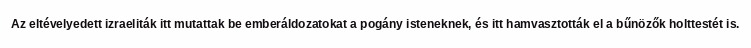
Az eltévelyedett izraeliták itt mutattak be emberáldozatokat a pogány isteneknek, és itt hamvasztották el a bűnözők holttestét is.